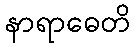
နာရာဓေတိ